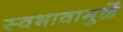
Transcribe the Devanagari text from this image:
स्वभावामुळें